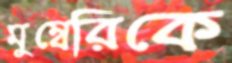
মুম্বেরিকে